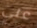
علي